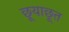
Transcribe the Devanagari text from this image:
छूयाछूत